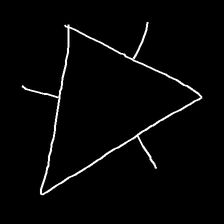
Glyph: fire